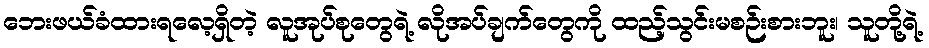
ဘေးဖယ်ခံထားရလေ့ရှိတဲ့ လူအုပ်စုတွေရဲ့ လိုအပ်ချက်တွေကို ထည့်သွင်းမစဉ်းစားဘူး၊ သူတို့ရဲ့